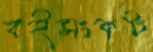
বইসংকট